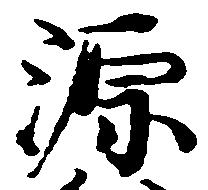
源